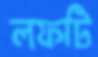
লফটি